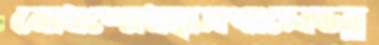
বোধশোধহাসপালেডব্ল